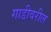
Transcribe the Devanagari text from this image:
गाडीवरील